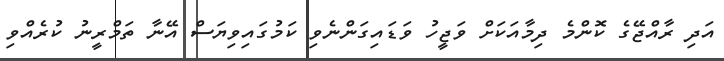
އަދި ރާއްޖޭގެ ކޮންމެ ދިމާއަކަށް ވަޖީހު ވަޑައިގަންނެވި ކަމުގައިވިޔަސް އޭނާ ތަމްރީނު ކުރެއްވި